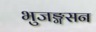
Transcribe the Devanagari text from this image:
भुजङ्गसन